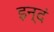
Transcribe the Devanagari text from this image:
इन्दं